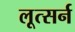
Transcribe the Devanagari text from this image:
लूत्सर्न